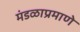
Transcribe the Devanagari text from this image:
मंडळाप्रमाणे